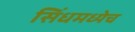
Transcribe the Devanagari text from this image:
सिंधमध्येच